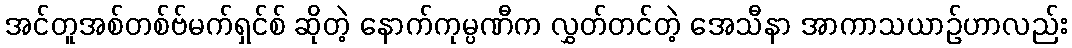
အင်တူအစ်တစ်ဗ်မက်ရှင်စ် ဆိုတဲ့ နောက်ကုမ္ပဏီက လွှတ်တင်တဲ့ အေသီနာ အာကာသယာဉ်ဟာလည်း